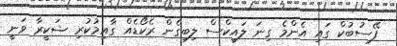
ފޭސުބުކް ގައި އެންމެ ގިނަ ލައިކްސް ލިބިގެން ރެކޯޑެއް ގާއިމުކުރި ޝަކީރާ ވަނީ